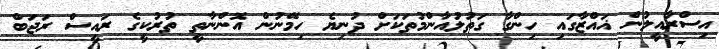
އިސްރާއީލުން ޣައްޒާގައި ހިންގާ ގަތުލުއާންމުތަކަށް ދުނިޔެ ހިމޭނުން އޮންނާތީ ތުރުކީގެ ރައީސް ރަޖަބް